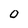
Character: O